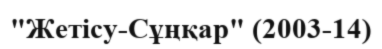
"Жетісу-Сұңқар" (2003-14)